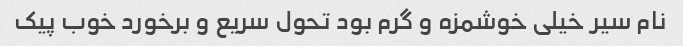
نام سیر خیلی خوشمزه و گرم بود تحول سریع و برخورد خوب پیک